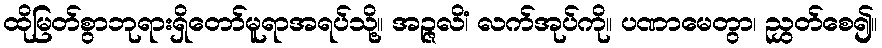
ထိုမြတ်စွာဘုရားရှိတော်မူရာအရပ်သို့။ အဉ္ဇလိံ၊ လက်အုပ်ကို။ ပဏာမေတွာ၊ ညွှတ်စေ၍။